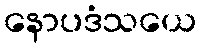
နောပဒံသယေ